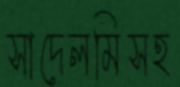
সাদেলমিসহ